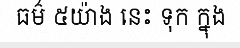
ធម៌ ៥យ៉ាង នេះ ទុក ក្នុង